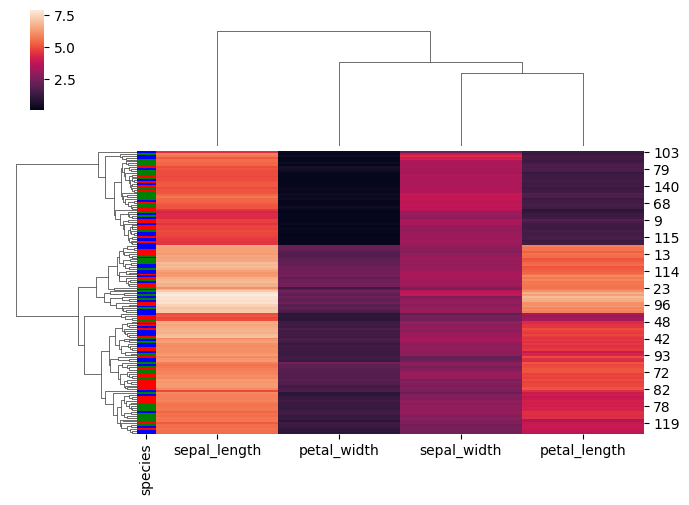
python, seaborn, clustermap, figsize=(7, 5), row_cluster=True, dendrogram_ratio=(0.2, 0.3), cbar_pos=(0.05, 0.8, 0.02, 0.2)